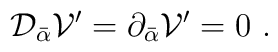
{\cal D}_{\bar \alpha}{\cal V}'=\partial_{\bar \alpha}{\cal V}'= 0\ .